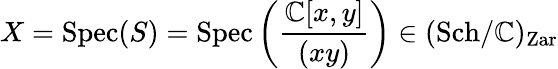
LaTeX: X=\operatorname{Spec}(S)=\operatorname{Spec}\left({\frac{\mathbb{C}[x,y]}{(xy)}}\right)\in({\operatorname{Sch}}/\mathbb{C})_{\mathrm{Zar}}